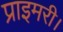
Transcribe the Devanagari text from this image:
प्राइमरी।